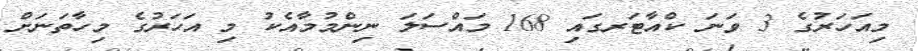
މިއަހަރުގެ 3 ވަނަ ކްއާޓަރގައި 168 މައްސަލަ ނިންމުމާއެކު މި އަހަރުގެ މިހާތަނަށް